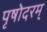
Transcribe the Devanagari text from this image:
पृषोदरम्